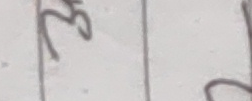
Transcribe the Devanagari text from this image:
३०